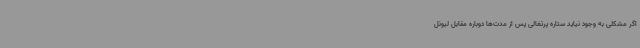
اگر مشکلی به وجود نیاید ستاره پرتغالی پس از مدت‌ها دوباره مقابل لیونل